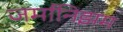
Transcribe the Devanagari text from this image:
जर्मानिझम